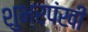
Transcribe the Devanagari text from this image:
शुभ्रपंखी